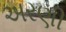
અરણી